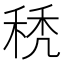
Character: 𥟉